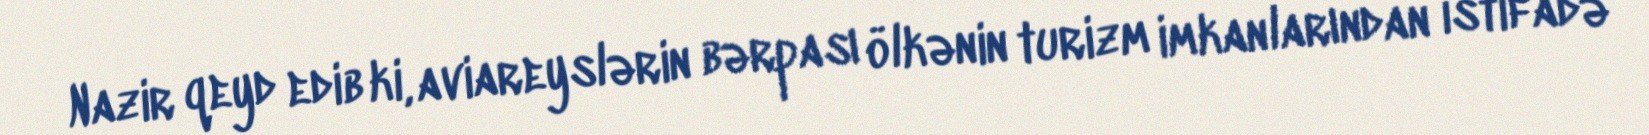
Nazir qeyd edib ki, aviareyslərin bərpası ölkənin turizm imkanlarından istifadə